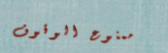
ممنوع الوقوف